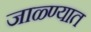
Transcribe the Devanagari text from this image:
जाळ्ण्यात